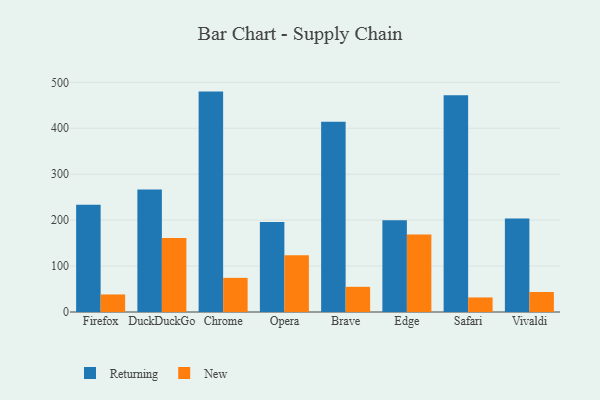
{"axis": {"x": "Browser", "y": "LTV (USD)"}, "legend": ["New", "Returning"], "data": [{"x": "Firefox", "y": 233.7, "type": "Returning"}, {"x": "Firefox", "y": 38.2, "type": "New"}, {"x": "DuckDuckGo", "y": 266.5, "type": "Returning"}, {"x": "DuckDuckGo", "y": 160.9, "type": "New"}, {"x": "Chrome", "y": 479.8, "type": "Returning"}, {"x": "Chrome", "y": 74.3, "type": "New"}, {"x": "Opera", "y": 195.9, "type": "Returning"}, {"x": "Opera", "y": 123.5, "type": "New"}, {"x": "Brave", "y": 414.4, "type": "Returning"}, {"x": "Brave", "y": 54.8, "type": "New"}, {"x": "Edge", "y": 199.9, "type": "Returning"}, {"x": "Edge", "y": 168.9, "type": "New"}, {"x": "Safari", "y": 471.6, "type": "Returning"}, {"x": "Safari", "y": 31.7, "type": "New"}, {"x": "Vivaldi", "y": 203.4, "type": "Returning"}, {"x": "Vivaldi", "y": 43.5, "type": "New"}]}